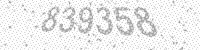
Solution: 839358